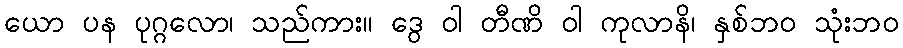
ယော ပန ပုဂ္ဂလော၊ သည်ကား။ ဒွေ ဝါ တီဏိ ဝါ ကုလာနိ၊ နှစ်ဘဝ သုံးဘဝ